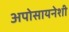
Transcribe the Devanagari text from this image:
अपोसायनेशी